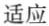
适应